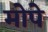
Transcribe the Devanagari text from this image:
मोपे